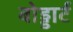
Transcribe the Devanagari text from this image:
बोड्डार्ट